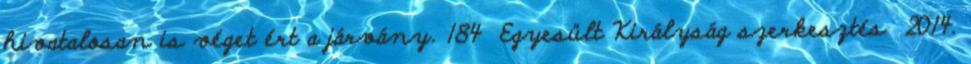
hivatalosan is véget ért a járvány. 184 Egyesült Királyság szerkesztés 2014.